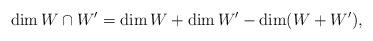
LaTeX: \begin{align*}\dim W\cap W' = \dim W+\dim W'-\dim(W+W'),\end{align*}